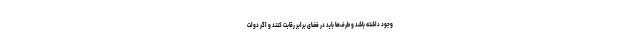
وجود داشته باشد و طرف‌ها باید در فضای برابر رقابت کنند و اگر دولت